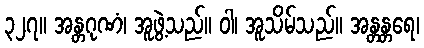
၃၂၇။ အန္တဂုဏံ၊ အူဖွဲ့သည်။ ဝါ၊ အူသိမ်သည်။ အန္တန္တရေ၊